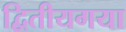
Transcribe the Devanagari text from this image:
द्वितीयगया